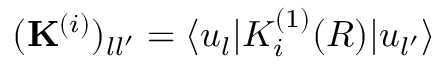
( \mathbf { K } ^ { ( i ) } ) _ { l l ^ { \prime } } = \langle u _ { l } | K _ { i } ^ { ( 1 ) } ( R ) | u _ { l ^ { \prime } } \rangle